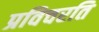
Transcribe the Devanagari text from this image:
प्रविचरति